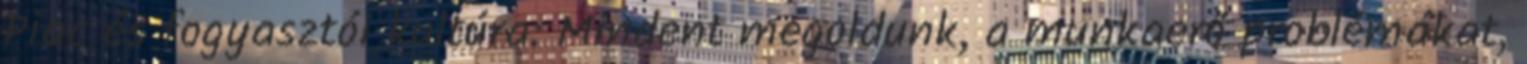
Piac és fogyasztói kultúra: Mindent megoldunk, a munkaerő problémákat,